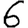
Digit: 6